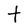
Character: t